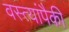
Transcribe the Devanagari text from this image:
वस्त्यांपैकी